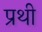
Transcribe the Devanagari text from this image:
प्रथी